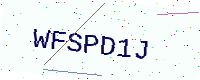
Text: WFSPD1J